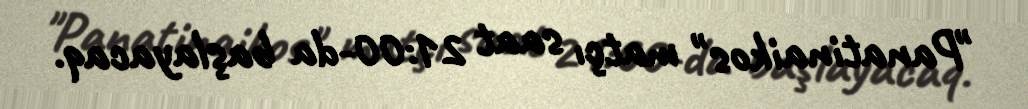
"Panatinaikos" matçı saat 21:00-da başlayacaq.